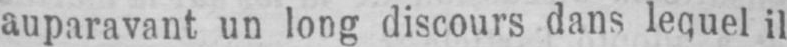
auparavant un long discours dans lequel il